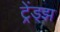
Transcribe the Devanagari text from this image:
ट्रेंड्‌झ